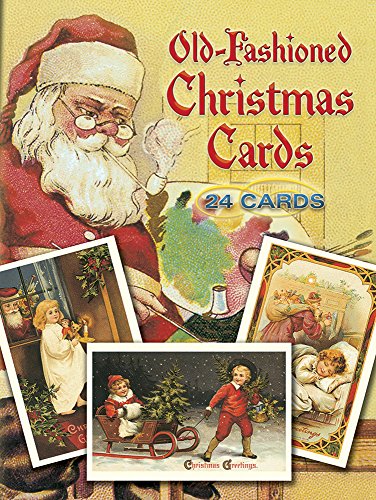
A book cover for Old-Fashioned Christmas Postcards: 24 Postcards; Crafts, Hobbies & Home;